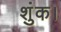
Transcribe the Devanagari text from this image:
शुंक।